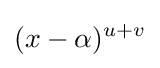
(x-\alpha )^{u+v}